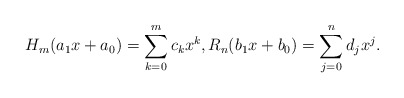
\begin{align*}H_m(a_1x+a_0)&=\sum_{k=0}^m c_k x^k, R_n(b_1x+b_0)=\sum_{j=0}^n d_j x^j.\end{align*}